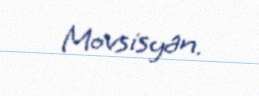
Movsisyan.